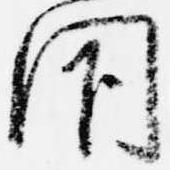
閇